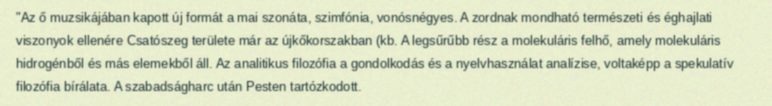
"Az ő muzsikájában kapott új formát a mai szonáta, szimfónia, vonósnégyes. A zordnak mondható természeti és éghajlati viszonyok ellenére Csatószeg területe már az újkőkorszakban (kb. A legsűrűbb rész a molekuláris felhő, amely molekuláris hidrogénből és más elemekből áll. Az analitikus filozófia a gondolkodás és a nyelvhasználat analízise, voltaképp a spekulatív filozófia bírálata. A szabadságharc után Pesten tartózkodott.